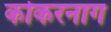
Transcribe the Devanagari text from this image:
कोकरनाग